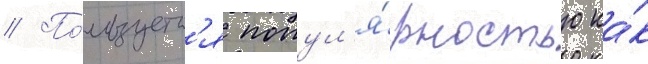
// По́льзуетс'я попул'я́рностью ка́к